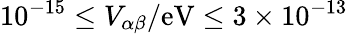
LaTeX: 10^{-15}\leq V_{\alpha\beta}/\mathrm{eV}\leq 3\times 10^{-13}